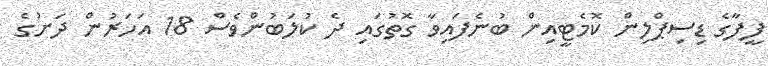
ފީފާގެ ޑިސިޕްލިން ކޮމެޓީއިން ބުނެފައިވާ ގޮތުގައި ދެ ކުލަބުންވެސް 18 އަހަރުން ދަށުގެ